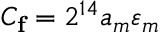
C _ { \mathbf { f } } = 2 ^ { 1 4 } a _ { m } \varepsilon _ { m }